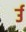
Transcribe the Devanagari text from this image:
र्उ